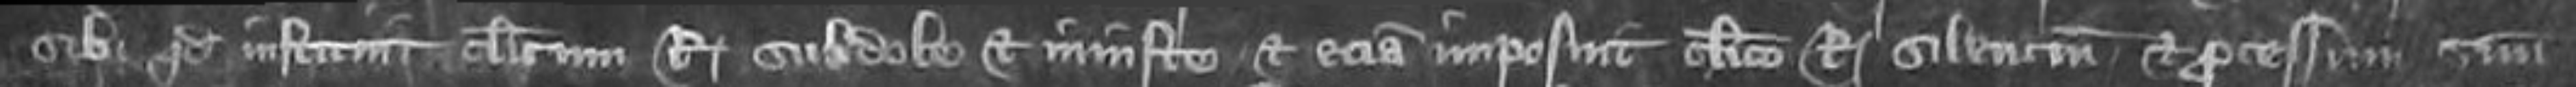
sibi quod instituit clericum Regis subdole et iniuste et etiam imposuit clerica regis silentum et processum suum